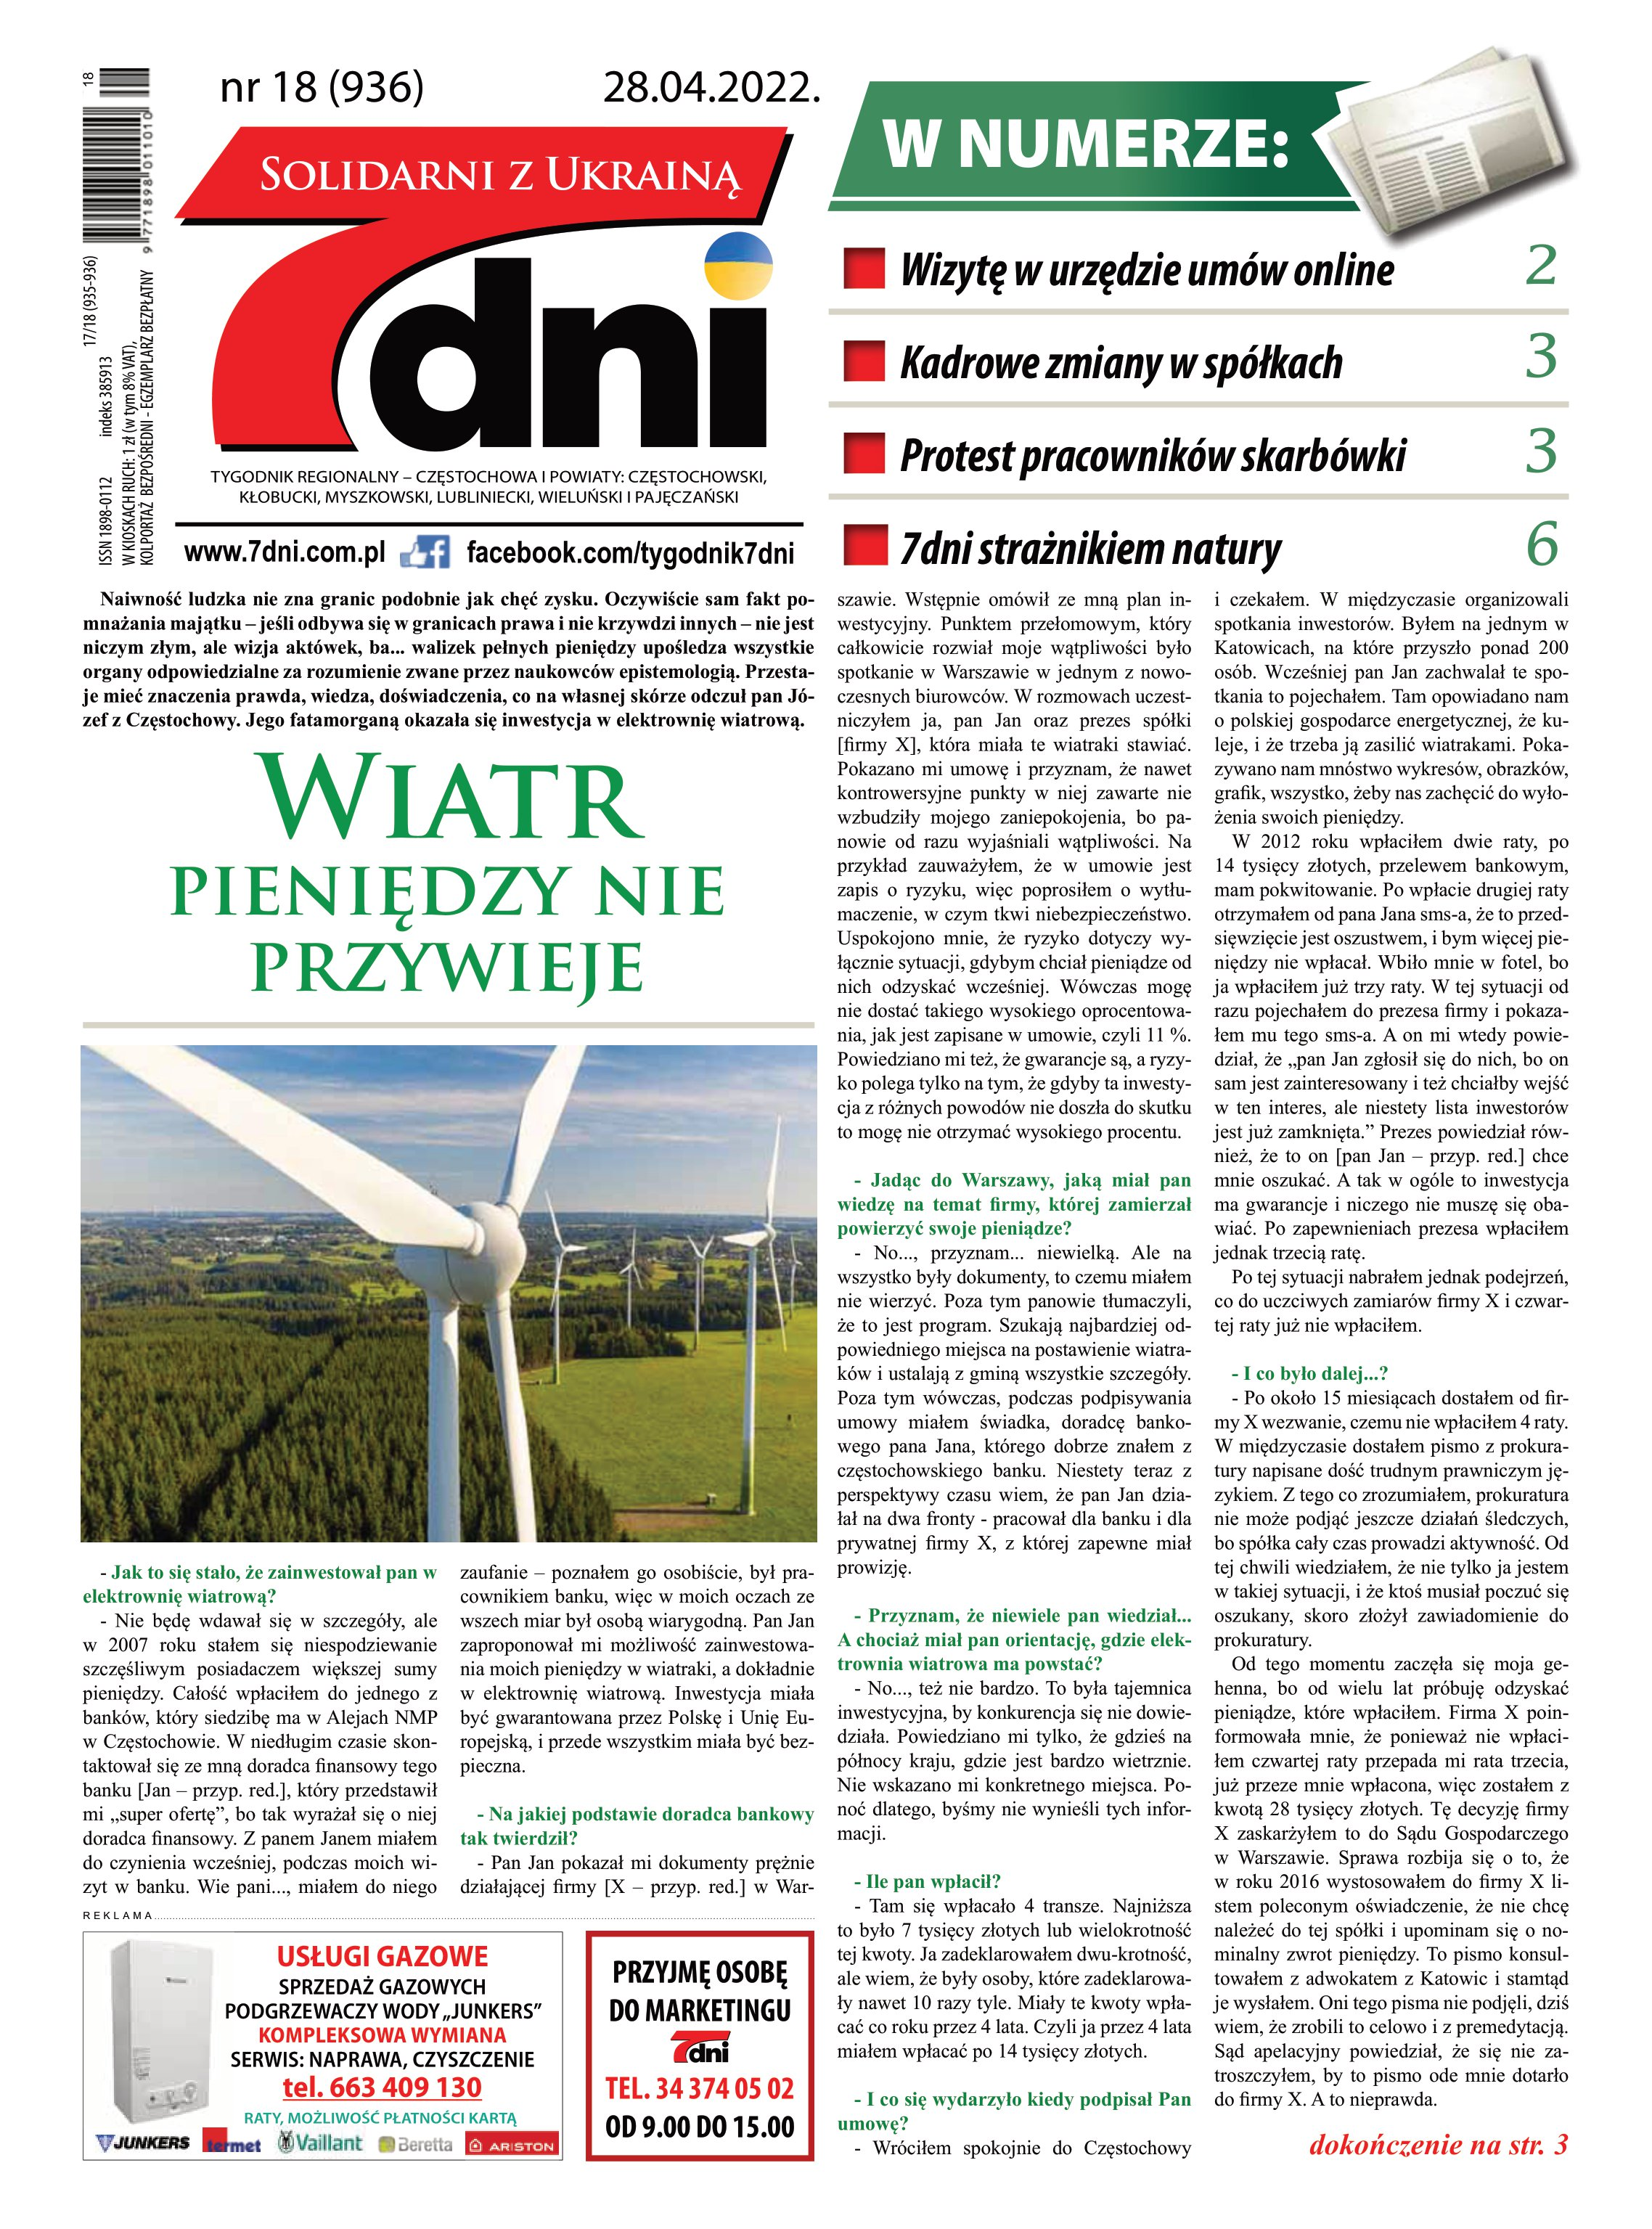
Language: pl